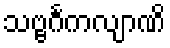
သဗ္ဗင်္ဂကလျာဏိ